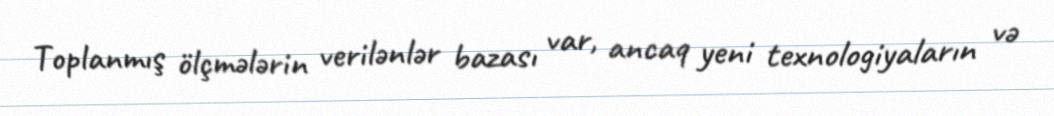
Toplanmış ölçmələrin verilənlər bazası var, ancaq yeni texnologiyaların və